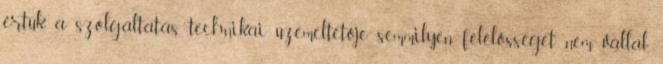
értük a szolgáltatás technikai üzemeltetője semmilyen felelősséget nem vállal,